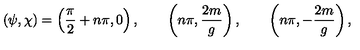
( \psi , \chi ) = \left( { \frac { \pi } { 2 } } + n \pi , 0 \right) , \qquad \left( n \pi , { \frac { 2 m } { g } } \right) , \qquad \left( n \pi , - { \frac { 2 m } { g } } \right) ,